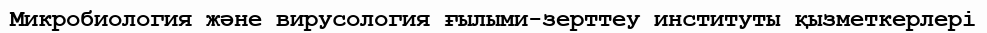
Микробиология және вирусология ғылыми-зерттеу институты қызметкерлері